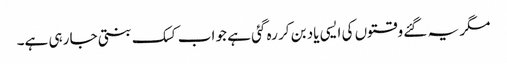
مگر یہ گئے وقتوں کی ایسی یاد بن کر رہ گئی ہے جو اب کسک بنتی جا رہی ہے۔